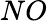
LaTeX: NO